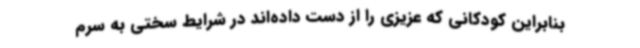
بنابراین کودکانی که عزیزی را از دست داده‌اند در شرایط سختی به سرم